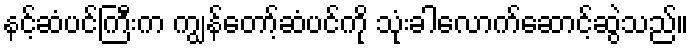
နင့်ဆံပင်ကြီးက ကျွန်တော့်ဆံပင်ကို သုံးခါလောက်ဆောင့်ဆွဲသည်။